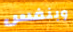
وبنفس